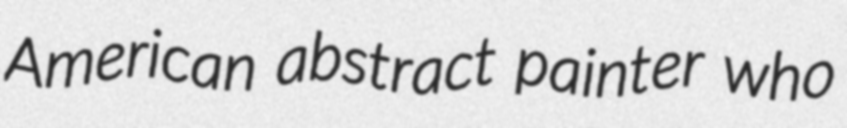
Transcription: American abstract painter who